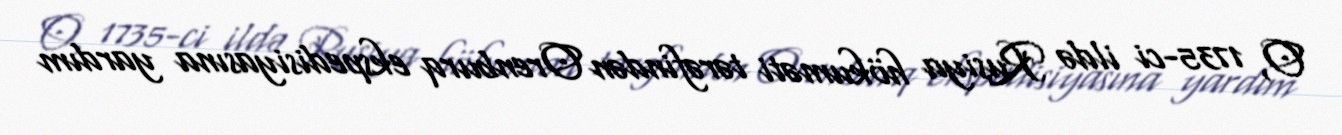
O, 1735-ci ildə Rusiya hökuməti tərəfindən Orenburq ekspedisiyasına yardım